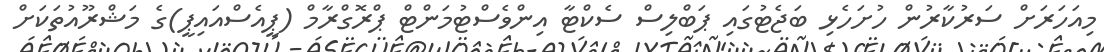
މިއަހަރަށް ސަރުކާރުން ހުށަހެޅި ބަޖެޓުގައި ޕަބްލިސް ސެކްޓާ އިންވެސްޓުމަންޓް ޕްރޮގްރާމް (ޕީއެސްއައިޕީ)ގެ މަޝްރޫއުތަކަށް